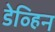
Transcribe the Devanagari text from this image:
डेव्हिन